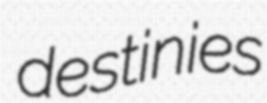
destinies